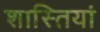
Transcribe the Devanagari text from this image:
शास्तियां